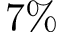
7 \%